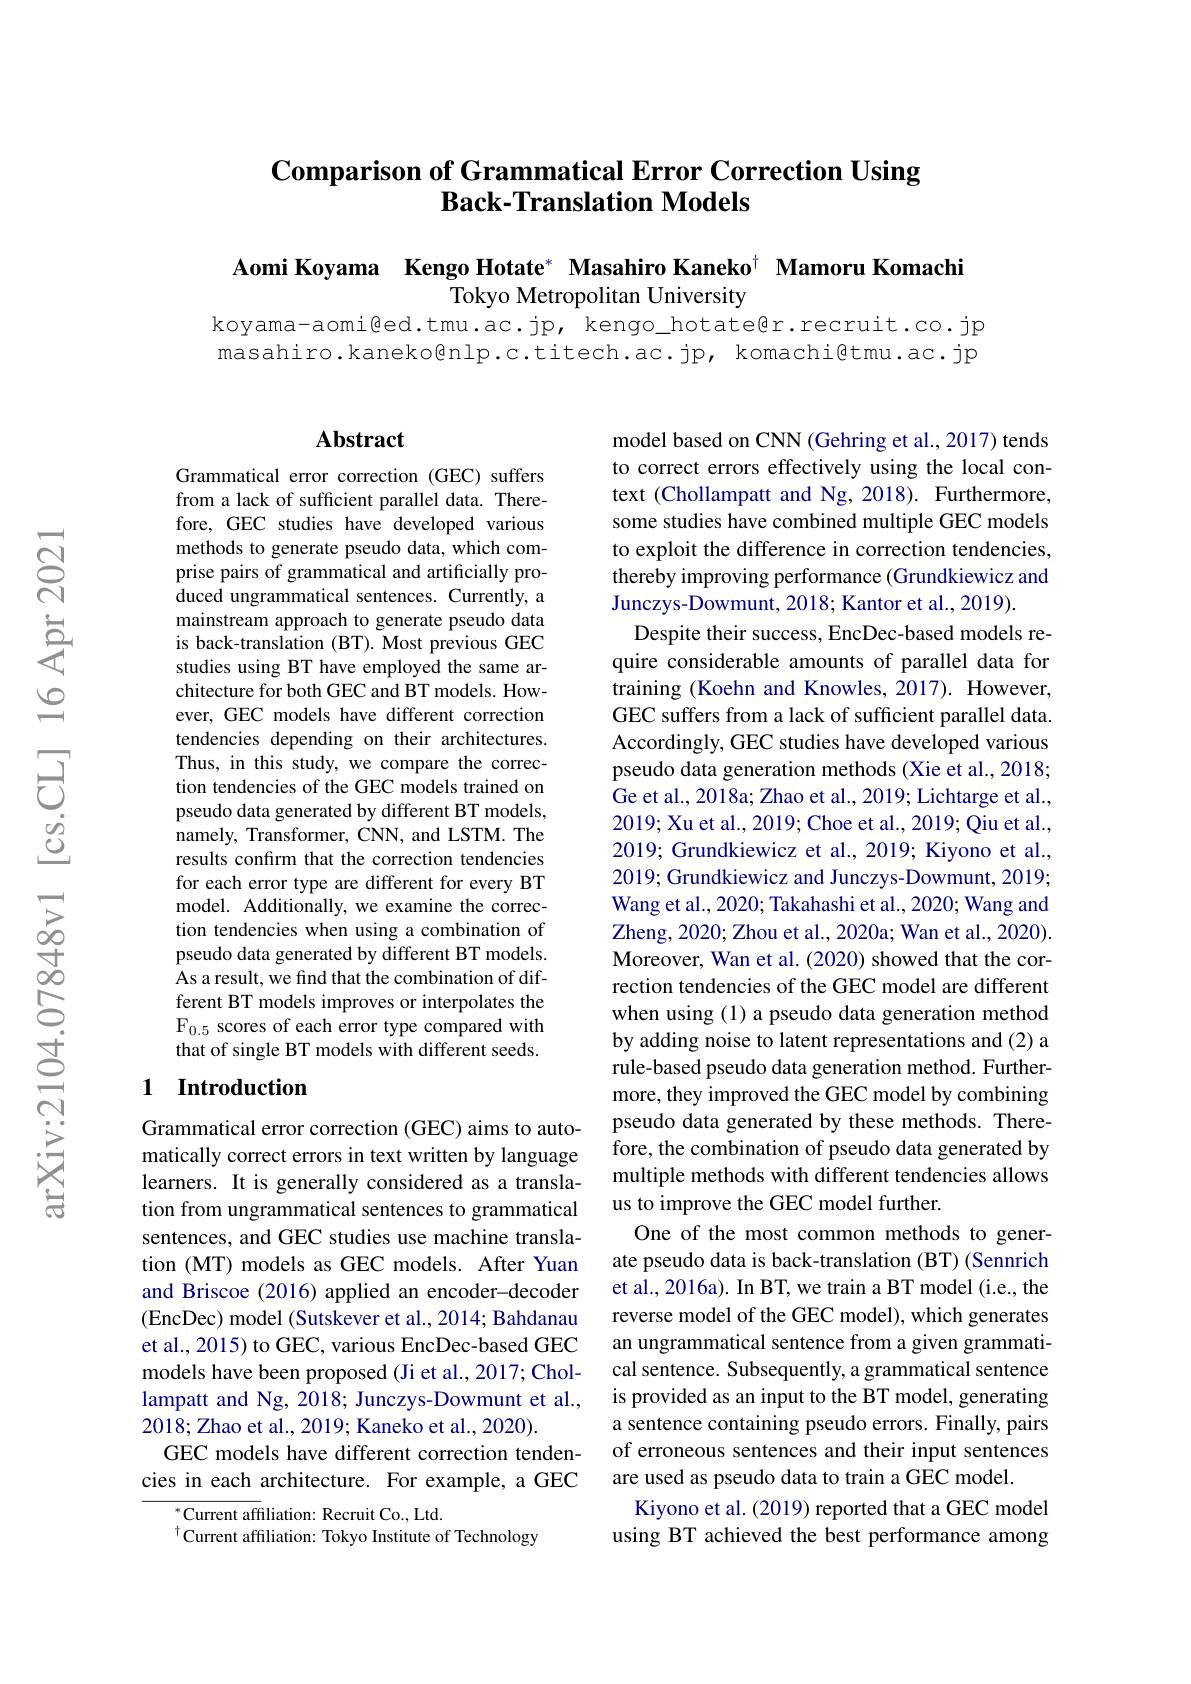
# Comparison of Grammatical Error Correction Using Back-Translation Models

Aomi Koyama Kengo Hotate* Masahiro Kaneko$^{\dagger}$ Mamoru Komachi
Tokyo Metropolitan University
koyama-aomi@ed.tmu.ac.jp, kengo\_hotateßr.recruit.co.jp

masahiro.kaneko@nlp.c.titech.ac.jp, komachi@tmu.ac.jp

## Abstract

Grammatical error correction (GEC) suffers from a lack of sufficient parallel data. Therefore, GEC studies have developed various methods to generate pseudo data, which comprise pairs of grammatical and artificially produced ungrammatical sentences. Currently, a mainstream approach to generate pseudo data is back-translation (BT). Most previous GEC studies using BT have employed the same architecture for both GEC and BT models. However, GEC models have different correction tendencies depending on their architectures. Thus, in this study, we compare the correction tendencies of the GEC models trained on pseudo data generated by different BT models, namely, Transformer, CNN, and LSTM. The results confirm that the correction tendencies for each error type are different for every BT model. Additionally, we examine the correction tendencies when using a combination of pseudo data generated by different BT models. As a result, we find that the combination of different BT models improves or interpolates the F$_{0.5}$ scores of each error type compared with that of single BT models with different seeds.

## 1 Introduction

Grammatical error correction (GEC) aims to automatically correct errors in text written by language learners. It is generally considered as a translation from ungrammatical sentences to grammatical sentences, and GEC studies use machine translation (MT) models as GEC models. After Yuan and Briscoe (2016) applied an encoder-decoder (EncDec) model (Sutskever et al., 2014; Bahdanau et al., 2015) to GEC, various EncDec-based GEC models have been proposed (Ji et al., 2017; Chollampatt and Ng, 2018; Junczys-Dowmunt et al., 2018;Zhao et al., 2019; Kaneko et al., 2020).
GEC models have different correction tendencies in each architecture. For example, a GEC

$^{*}$Current affiliation: Recruit Co., Ltd.

$^{\dagger}$Current affiliation: Tokyo Institute of Technology

model based on CNN (Gehring et al., 2017) tends to correct errors effectively using the local context (Chollampatt and Ng, 2018). Furthermore, some studies have combined multiple GEC models to exploit the difference in correction tendencies, thereby improving performance (Grundkiewicz and Junczys-Dowmunt, 2018; Kantor et al., 2019).
Despite their success, EncDec-based models require considerable amounts of parallel data for training (Koehn and Knowles, 2017). However, GEC suffers from a lack of sufficient parallel data. Accordingly, GEC studies have developed various pseudo data generation methods (Xie et al., 2018; Ge et al., 2018a; Zhao et al., 2019; Lichtarge et al., 2019; Xu et al., 2019; Choe et al., 2019; Qiu et al., 2019; Grundkiewicz et al., 2019; Kiyono et al., 2019; Grundkiewicz and Junczys-Dowmunt, 2019; Wang et al., 2020; Takahashi et al., 2020; Wang and Zheng, 2020; Zhou et al. , 2020a; Wan et al. , 2020) . Moreover, Wan et al. (2020) showed that the correction tendencies of the GEC model are different when using (1) a pseudo data generation method by adding noise to latent representations and (2) a rule-based pseudo data generation method. Furthermore, they improved the GEC model by combining pseudo data generated by these methods. Therefore, the combination of pseudo data generated by multiple methods with different tendencies allows us to improve the GEC model further.
One of the most common methods to generate pseudo data is back-translation (BT) (Sennrich et al., 2016a). In BT, we train a BT model (i.e., the reverse model of the GEC model), which generates an ungrammatical sentence from a given grammatical sentence. Subsequently, a grammatical sentence is provided as an input to the BT model, generating a sentence containing pseudo errors. Finally, pairs of erroneous sentences and their input sentences are used as pseudo data to train a GEC model.
Kiyono et al. (2019) reported that a GEC model using BT achieved the best performance among